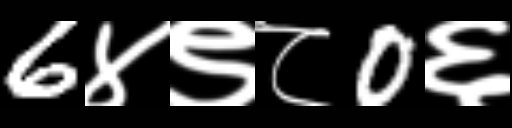
Text: 6४९८0६